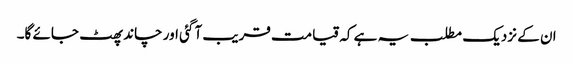
ان کے نزدیک مطلب یہ ہے کہ قیامت قریب آ گئی اور چاند پھٹ جائے گا۔